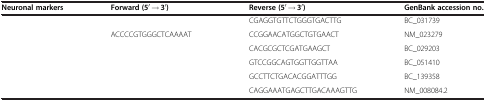
<table><thead><tr><td><b>Neuronal markers</b></td><td><b>Forward (5<sup>′</sup> → 3<sup>′</sup>)</b></td><td><b>Reverse (5<sup>′</sup> → 3<sup>′</sup>)</b></td><td><b>GenBank accession no.</b></td></tr></thead><tbody><tr><td>[EMPTY_CELL]</td><td>[EMPTY_CELL]</td><td>CGAGGTGTTCTGGGTGACTTG</td><td>BC_031739</td></tr><tr><td>[EMPTY_CELL]</td><td>ACCCCGTGGGCTCAAAAT</td><td>CCGGAACATGGCTGTGAACT</td><td>NM_023279</td></tr><tr><td>[EMPTY_CELL]</td><td>[EMPTY_CELL]</td><td>CACGCGCTCGATGAAGCT</td><td>BC_029203</td></tr><tr><td>[EMPTY_CELL]</td><td>[EMPTY_CELL]</td><td>GTCCGGCAGTGGTTGGTTAA</td><td>BC_051410</td></tr><tr><td>[EMPTY_CELL]</td><td>[EMPTY_CELL]</td><td>GCCTTCTGACACGGATTTGG</td><td>BC_139358</td></tr><tr><td>[EMPTY_CELL]</td><td>[EMPTY_CELL]</td><td>CAGGAAATGAGCTTGACAAAGTTG</td><td>NM_008084.2</td></tr></tbody></table>